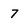
Character: 7